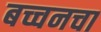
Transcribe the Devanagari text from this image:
बच्चनचा